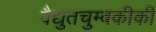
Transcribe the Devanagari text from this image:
वैद्युतचुम्बकीकी